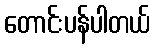
တောင်းပန်ပါတယ်